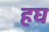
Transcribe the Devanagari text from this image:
हघ